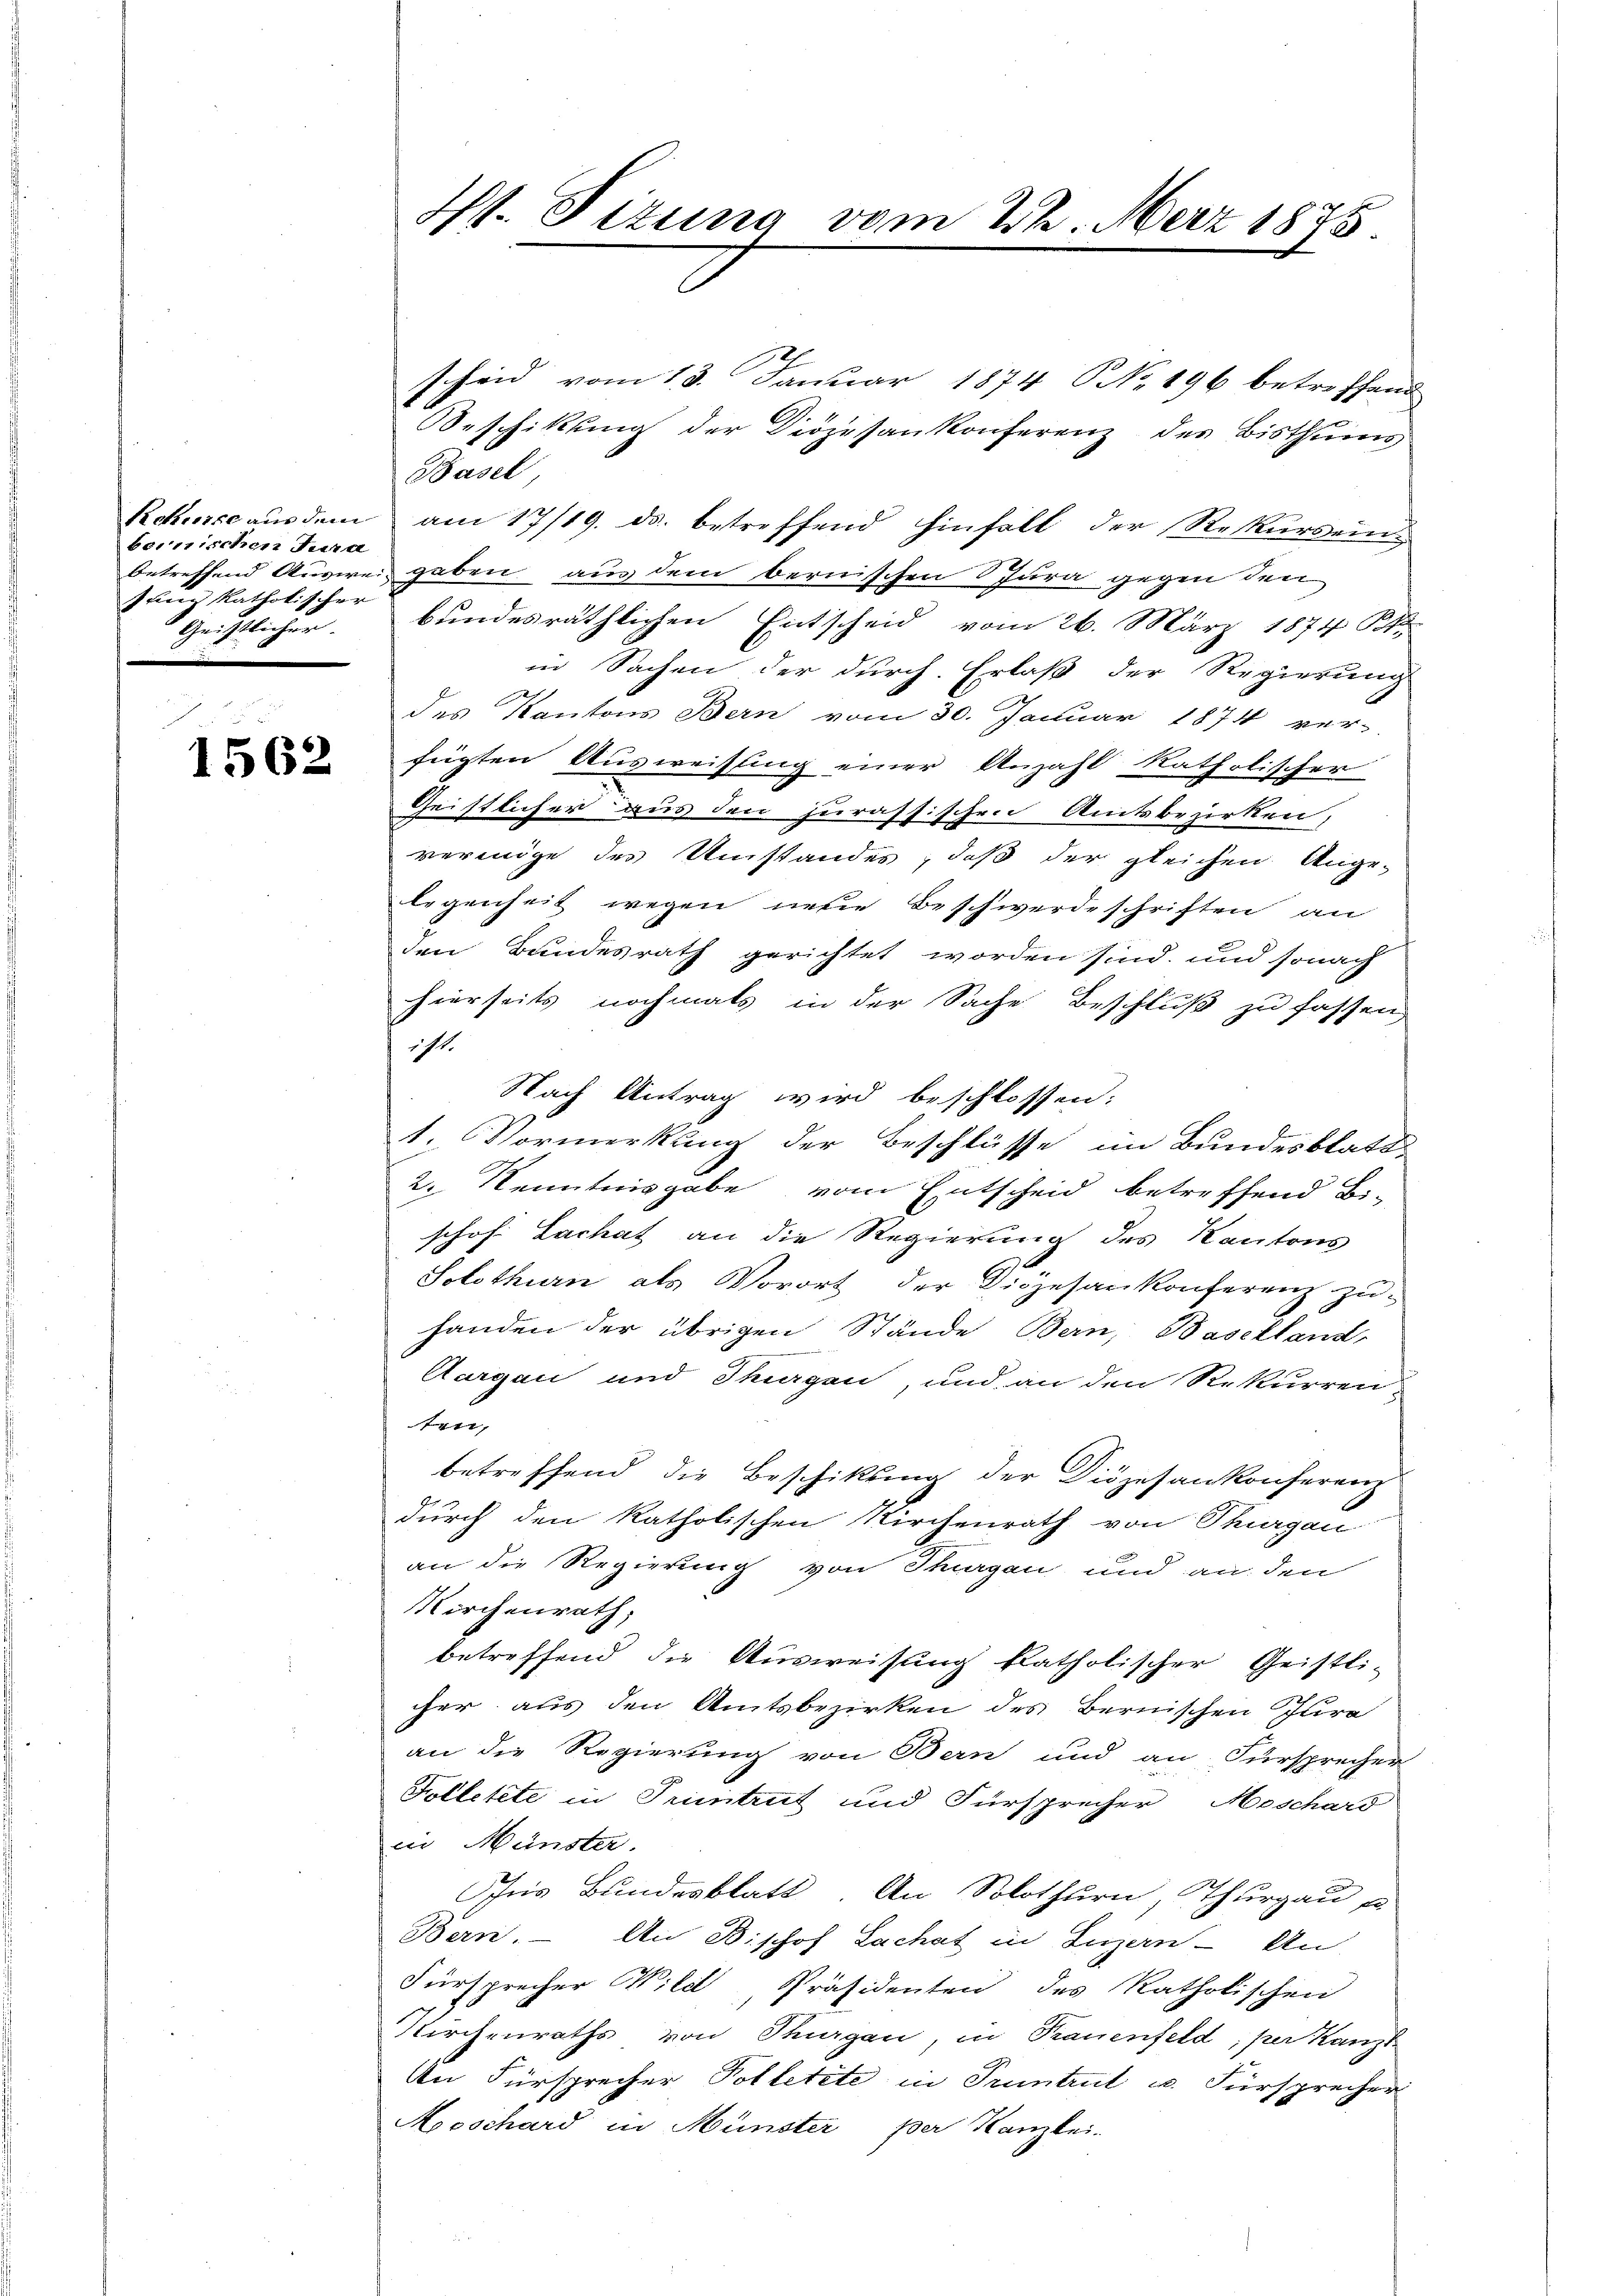
bernischen Jura
un katholischer
Geistlicher.

1562

Pht. Sizung vom 22. März 1875.

scheid vom 13. Januar 1874 NNo. 196 betreffend
Beschikung der Diözesankonferenz des Bisthums
Basel
Rekurse aus dem am 17/19. ds. betreffend hinfäll der Rekurs ein-
betreffend Ausweis gaben aus dem bernischen Jura gegen den
bundesräthlichen Entscheid vom 26. März 1874 d
in Sachen der durch. Erlaß der Regierung
des Kantons Bern vom 30. Januar 1874 ver-
fügten Ausweisung einer Anzahl katholischer
Geistlicher aus den jurassischen Amtsbezirken,
vermige des Umstandes, daß der gleichen Ange-
legenheit wegen neue Beschwerdeschriften an
den Bundesrath gerichtet worden sind, und sonach
hierseits nochmals in der Sache Beschluß zu fassen,
ist.
Nach Antrag wird beschlossen:
1. Vormerkung der Beschlüsse im Bundesblatt¬
2. Kenntnisgabe vom Entscheid betreffend Bi-
schof Lachat an die Regierung des Kantons
Solothurn als Vorort der Diözesankonferenz zu-
handen der übrigen Stände Bern, Baselland,
Aargau und Thurgau, und an den Rekurren
ten,
betreffend die Beschikung der Diözesankonferenz
durch den katholischen Kirchenrath von Thurgau
an die Regierung von Thurgau und an den
Kirchenrath,
betreffend die Ausweisung katholischer Geistli-
cher aus den Amtsbezirken des Bernischen Jura
an die Regierung von Bern und an Fürsprecher
Folletete in Pruntrut und Fürsprecher Meschard
in Münster.
Ins Bundesblatt. An Solothurn, Thurgau se
Bern. An Bischof Lachat in Luzern An
Fürsprecher Wild, Präsidenten des katholischen
Kirchenraths von Thurgau, in Trauenfeld, per Kanzl
An Fürsprecher Polletete in Truntrut u. Fürsprecher
Mooschard in Münster per Kanzlei.